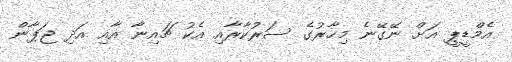
އެމްޑީޕީ އަށް ނޭގޭނެ މިހާރުގެ ސަރުކާރާއި އެކު ޗައިނާ އާއި އަދި ޖަޕާން